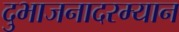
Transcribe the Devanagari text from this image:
दुभाजनादरम्यान